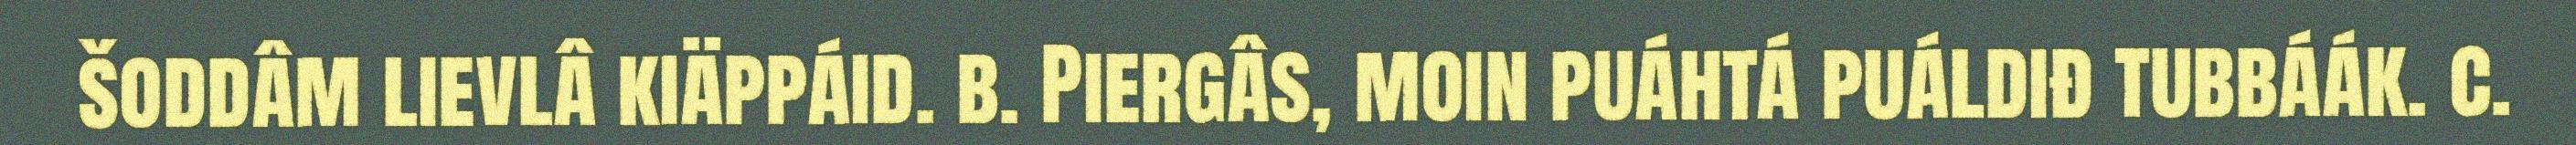
šoddâm lievlâ kiäppáid. b. Piergâs, moin puáhtá puáldiđ tubbáák. c.